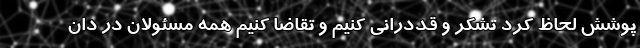
پوشش لحاظ کرد تشکر و قددرانی کنیم و تقاضا کنیم همه مسئولان در دان